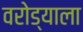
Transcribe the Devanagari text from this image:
वरोड्याला